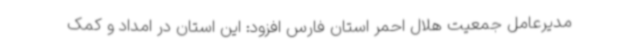
مدیرعامل جمعیت هلال احمر استان فارس افزود: این استان در امداد و کمک